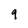
Character: 9